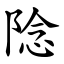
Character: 䧔